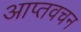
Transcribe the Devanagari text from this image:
आप्तवचन